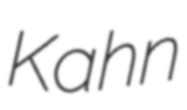
Kahn